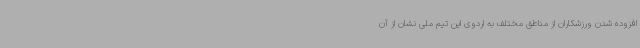
افزوده شدن ورزشکاران از مناطق مختلف به اردوی این تیم ملی نشان از آن